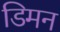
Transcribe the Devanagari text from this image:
डिमन